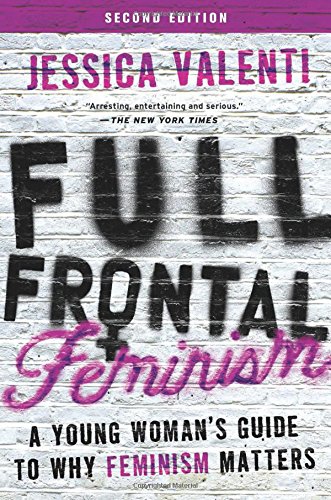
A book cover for Full Frontal Feminism: A Young Woman's Guide to Why Feminism Matters; Jessica Valenti; Politics & Social Sciences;